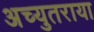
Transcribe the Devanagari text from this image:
अच्युतराया